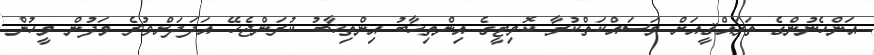
އަންހެނުންގެ ތަރައްޤީއަށް މަސައްކަތްކުރާ ކޮމިޓީގެ އިންތިޚާބު އިންތިޚާބު ކުރަންޖެހޭ އަދަދަށްވުރެ މަދުން މީހުން